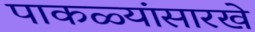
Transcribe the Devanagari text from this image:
पाकळ्यांसारखे